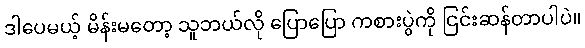
ဒါပေမယ့် မိန်းမတော့ သူဘယ်လို ပြောပြော ကစားပွဲကို ငြင်းဆန်တာပါပဲ။